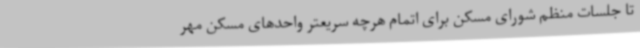
تا جلسات منظم شورای مسکن برای اتمام هرچه سریعتر واحدهای مسکن مهر